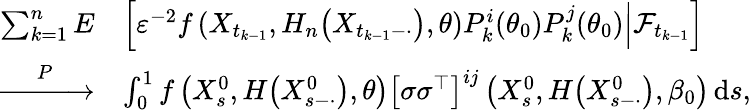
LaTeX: \begin{array}{rl}{\sum_{k=1}^{n}E}&{\left[\varepsilon^{-2}f\left(X_{t_{k-1}},H_{n}\big(X_{t_{k-1}-\cdot}\big),\theta\right)P_{k}^{i}(\theta_{0})P_{k}^{j}(\theta_{0})\Big|\mathcal{F}_{t_{k-1}}\right]}\\ {\xrightarrow{P}}&{\int_{0}^{1}f\left(X_{s}^{0},H\big(X_{s-\cdot}^{0}\big),\theta\right)\left[\sigma\sigma^{\top}\right]^{ij}\left(X_{s}^{0},H\big(X_{s-\cdot}^{0}\big),\beta_{0}\right)\, \mathrm{d}s,}\end{array}